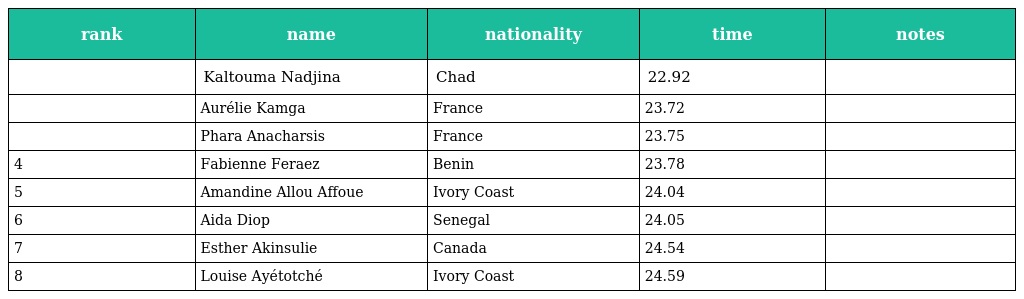
| rank | name | nationality | time | notes |
 | --- | --- | --- | --- | --- |
 |  | Kaltouma Nadjina | Chad | 22.92 |  |
 |  | Aurélie Kamga | France | 23.72 |  |
 |  | Phara Anacharsis | France | 23.75 |  |
 | 4 | Fabienne Feraez | Benin | 23.78 |  |
 | 5 | Amandine Allou Affoue | Ivory Coast | 24.04 |  |
 | 6 | Aida Diop | Senegal | 24.05 |  |
 | 7 | Esther Akinsulie | Canada | 24.54 |  |
 | 8 | Louise Ayétotché | Ivory Coast | 24.59 |  |